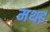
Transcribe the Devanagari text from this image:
मथइ